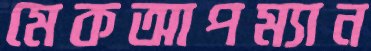
মেকআপম্যান